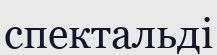
спектальді